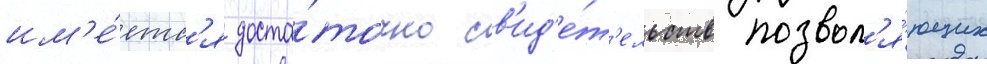
им'е́етс'я доста́точно св'ид'е́т'ельств позвол'я́ющих